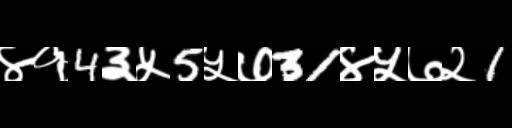
Text: ४१4३५5५७31४५७२1